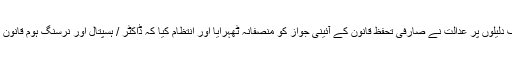
شکایت کاروں کی مختلف دلیلوں پر عدالت نے صارفی تحفظ قانون کے آئینی جواز کو منصفانہ ٹھہرایا اَور انتظام کیا کہ ڈاکٹر / ہسپتال اَور نرسنگ ہوم قانون کے دائرے میں آتے ہیں۔